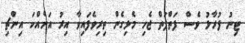
ޓިނު ފުރާޅު ވެސް ފަތްފަތް ޖެހި މެޅިގެން ތިރިވެފައިވާ އިރު އަށެއްކަ އިންޗި